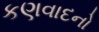
કણવાદનો